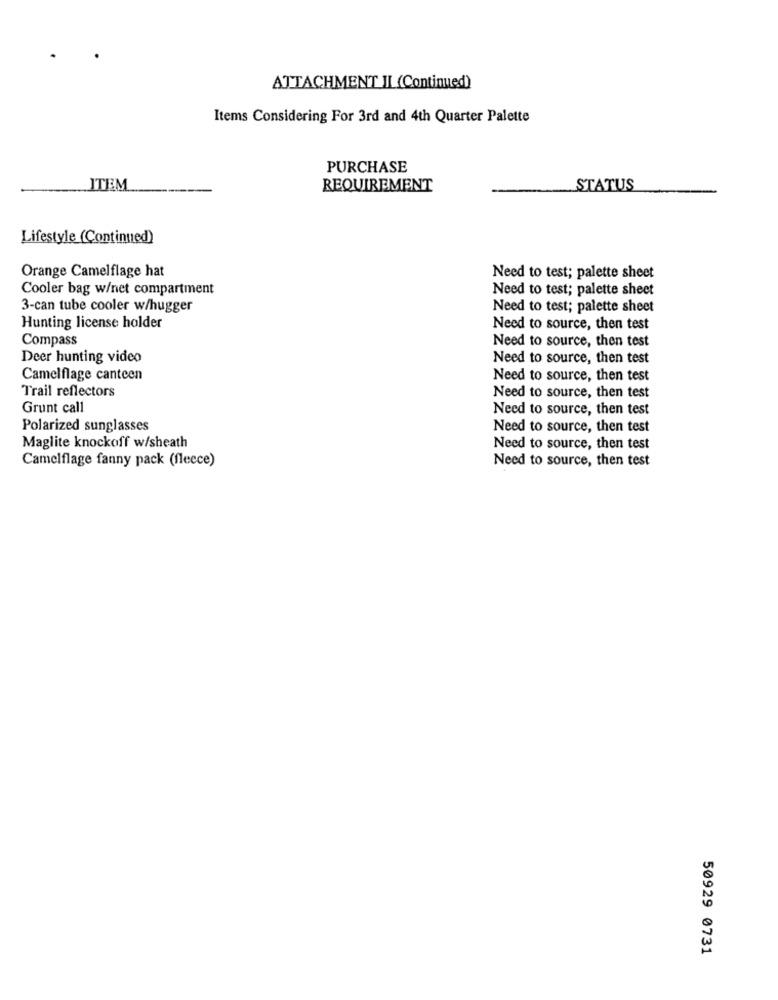
ATTACHMENT II (Continued)
Items Considering For 3rd and 4th Quarter Palette
PURCHASE
ITEM
REQUIREMENT
STATUS
Lifestyle (Continued)
Orange Camelflage hat
Need to test; palette sheet
Cooler bag w/net compartment
Need to test; palette sheet
3-can tube cooler w/hugger
Need to test; palette sheet
Hunting license holder
Need to source, then test
Compass
Need to source, then test
Deer hunting video
Need to source, then test
Camelflage canteen
Need to source, then test
Trail reflectors
Need to source, then test
Grunt call
Need to source, then test
Polarized sunglasses
Need to source, then test
Maglite knockoff w/sheath
Need to source, then test
Camelflage fanny pack (fleece)
Need to source, then test
50929 0731